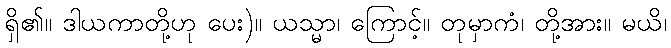
ရှိ၏။ ဒါယကာတို့ဟု ပေး)။ ယသ္မာ၊ ကြောင့်။ တုမှာကံ၊ တို့အား။ မယိ၊